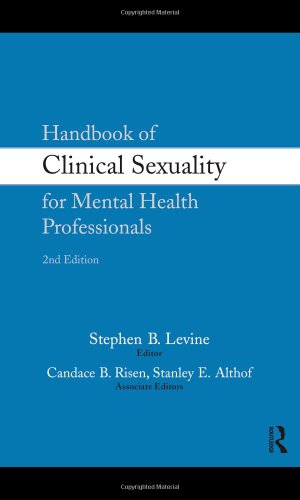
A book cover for Handbook of Clinical Sexuality for Mental Health Professionals; Medical Books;